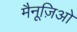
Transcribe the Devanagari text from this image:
मैनूज़िओ